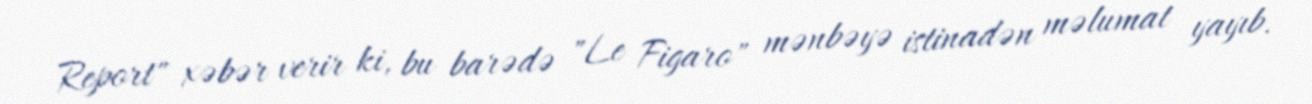
Report" xəbər verir ki, bu barədə "Le Figaro" mənbəyə istinadən məlumat yayıb.